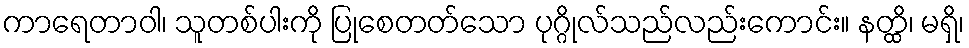
ကာရေတာဝါ၊ သူတစ်ပါးကို ပြုစေတတ်သော ပုဂ္ဂိုလ်သည်လည်းကောင်း။ နတ္ထိ၊ မရှိ၊